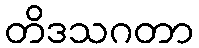
တိဒသဂတာ